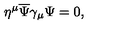
\eta ^ { \mu } { \overline { \Psi } } \gamma _ { \mu } \Psi = 0 ,